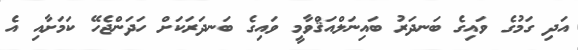
އަދި ގަމުގެ ވައިގެ ބަނދަރު ބައިނަލްއަޤްވާމީ ވައިގެ ބަނދަރަކަށް ހަދަންޖެހޭ ކަމަށާއި އެ